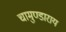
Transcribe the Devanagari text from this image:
चामुण्डाराय